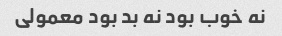
نه خوب بود نه بد بود معمولی